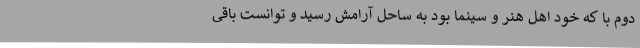
دوم با که خود اهل هنر و سینما بود به ساحل آرامش رسید و توانست باقی